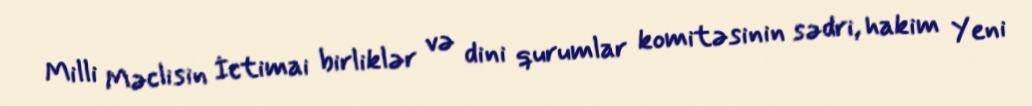
Milli Məclisin İctimai birliklər və dini qurumlar komitəsinin sədri, hakim Yeni